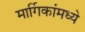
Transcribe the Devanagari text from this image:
मार्गिकांमध्ये